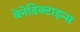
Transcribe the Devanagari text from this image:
बेनेडिक्टाइन्स